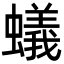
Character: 蟻